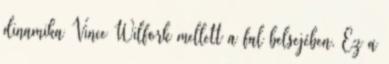
dinamika Vince Wilfork mellett a fal belsejében. Ez a